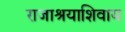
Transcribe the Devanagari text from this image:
राजाश्रयाशिवाय